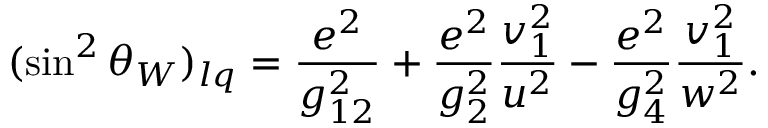
( \sin ^ { 2 } \theta _ { W } ) _ { l q } = { \frac { e ^ { 2 } } { g _ { 1 2 } ^ { 2 } } } + { \frac { e ^ { 2 } } { g _ { 2 } ^ { 2 } } } { \frac { v _ { 1 } ^ { 2 } } { u ^ { 2 } } } - { \frac { e ^ { 2 } } { g _ { 4 } ^ { 2 } } } { \frac { v _ { 1 } ^ { 2 } } { w ^ { 2 } } } .